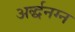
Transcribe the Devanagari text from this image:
अर्द्धनग्न